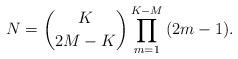
LaTeX: \begin{align*}N = \dbinom{K}{2M-K} \prod\limits_{m = 1}^{K-M} {\left( {2m - 1} \right)}.\end{align*}